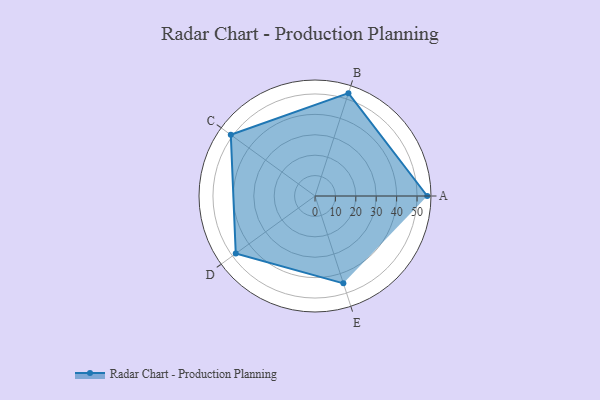
{"axis": {"x": "Skill", "y": "Score"}, "legend": ["Profile"], "data": [{"x": "A", "y": 55.0, "type": "Profile"}, {"x": "B", "y": 53.0, "type": "Profile"}, {"x": "C", "y": 51.0, "type": "Profile"}, {"x": "D", "y": 48.0, "type": "Profile"}, {"x": "E", "y": 45.0, "type": "Profile"}]}